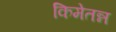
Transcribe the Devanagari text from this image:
किमेतन्न